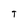
Character: T